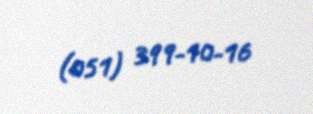
(051) 399-10-16